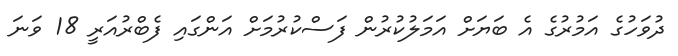
ދުވަހުގެ އަމުރުގެ އެ ބަޔަށް އަމަލުކުރުން ފަސްކުރުމަށް އަންގައި ފެބްރުއަރީ 18 ވަނަ